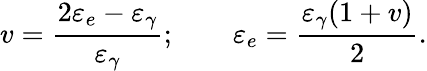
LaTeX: v=\frac{2\varepsilon_{e}-\varepsilon_{\gamma}}{\varepsilon_{\gamma}};\qquad\varepsilon_{e}=\frac{\varepsilon_{\gamma}(1+v)}{2}.